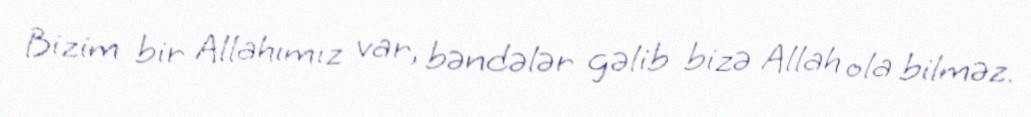
Bizim bir Allahımız var, bəndələr gəlib bizə Allah ola bilməz.